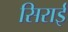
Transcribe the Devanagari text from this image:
सिराई